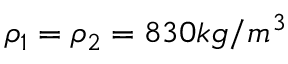
\rho _ { 1 } = \rho _ { 2 } = 8 3 0 k g / m ^ { 3 }